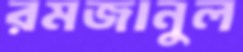
রমজানুল